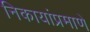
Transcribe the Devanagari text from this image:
निकायांप्रमाणे